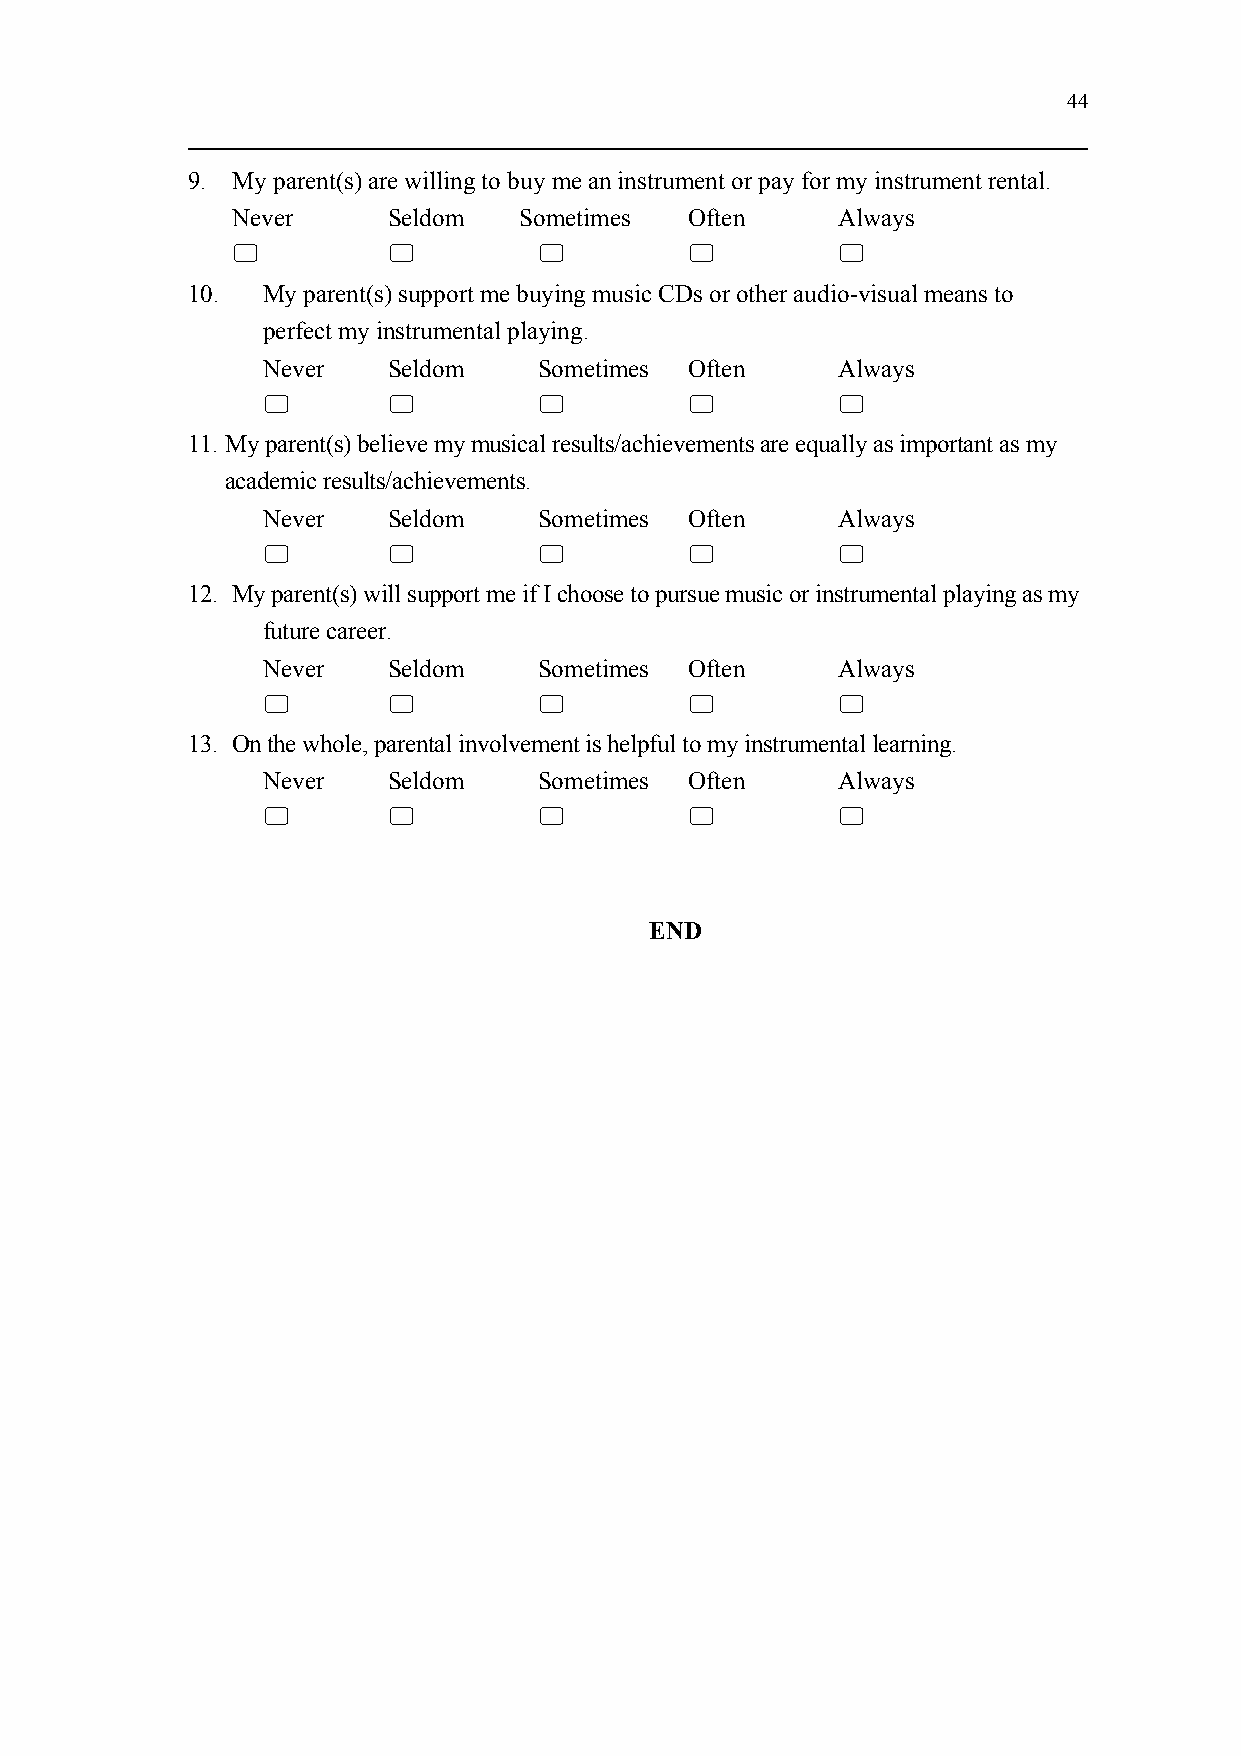
44
 9. My parent(s) are willing to buy me an instrument or pay for my instrument rental.
 Never      Seldom  Sometimes   Often    Always
                                     
 10.  My parent(s) support me buying music CDs or other audio-visual means to
 perfect my instrumental playing.
 Never    Seldom    Sometimes Often    Always
                                   
 11. My parent(s) believe my musical results/achievements are equally as important as my
 academic results/achievements.
 Never    Seldom    Sometimes Often    Always
                                   
 12. My parent(s) will support me if I choose to pursue music or instrumental playing as my
 future career.
 Never    Seldom    Sometimes Often    Always
                                   
 13. On the whole, parental involvement is helpful to my instrumental learning.
 Never    Seldom    Sometimes Often    Always
                                   
 END